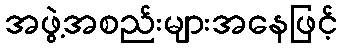
အဖွဲ့အစည်းများအနေဖြင့်